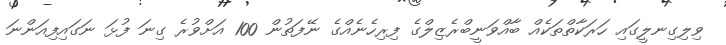
ވިލިގިނލީގައި ހަރަކާތްތަކެއް ބާއްވަނީބްރެޒިލްގެ ފިރިހެނެއްގެ ނޭފަތުން 100 އަށްވުރެ ގިނަ ފުޅަ ނަގައިފިއަންނަ